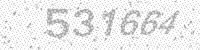
Solution: 531664